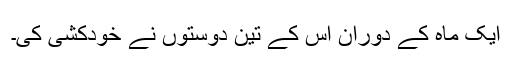
ایک ماہ کے دوران اس کے تین دوستوں نے خودکشی کی۔